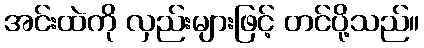
အင်းထဲကို လှည်းများဖြင့် တင်ပို့သည်။